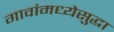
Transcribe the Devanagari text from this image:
गावांमध्येसुद्धा